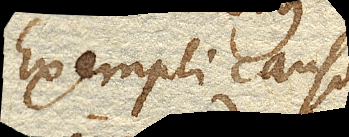
Exempli causa